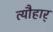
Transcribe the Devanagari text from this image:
त्यौहार्